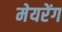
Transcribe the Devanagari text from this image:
मेयरेंग